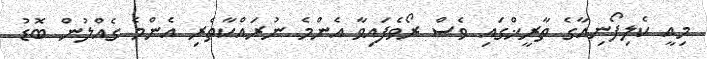
މިއީ ކެލިފޯނިއާގެ ތާރީޚްގައި ވެސް ރޯވެފައިވާ އެންމެ ނުރައްކާތެރި އެންމެ ގެއްލުން ބޮޑު